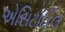
એસિટાઈલ